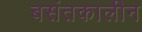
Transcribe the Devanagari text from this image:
बसंतकालीन